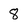
Character: 8